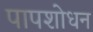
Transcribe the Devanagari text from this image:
पापशोधन